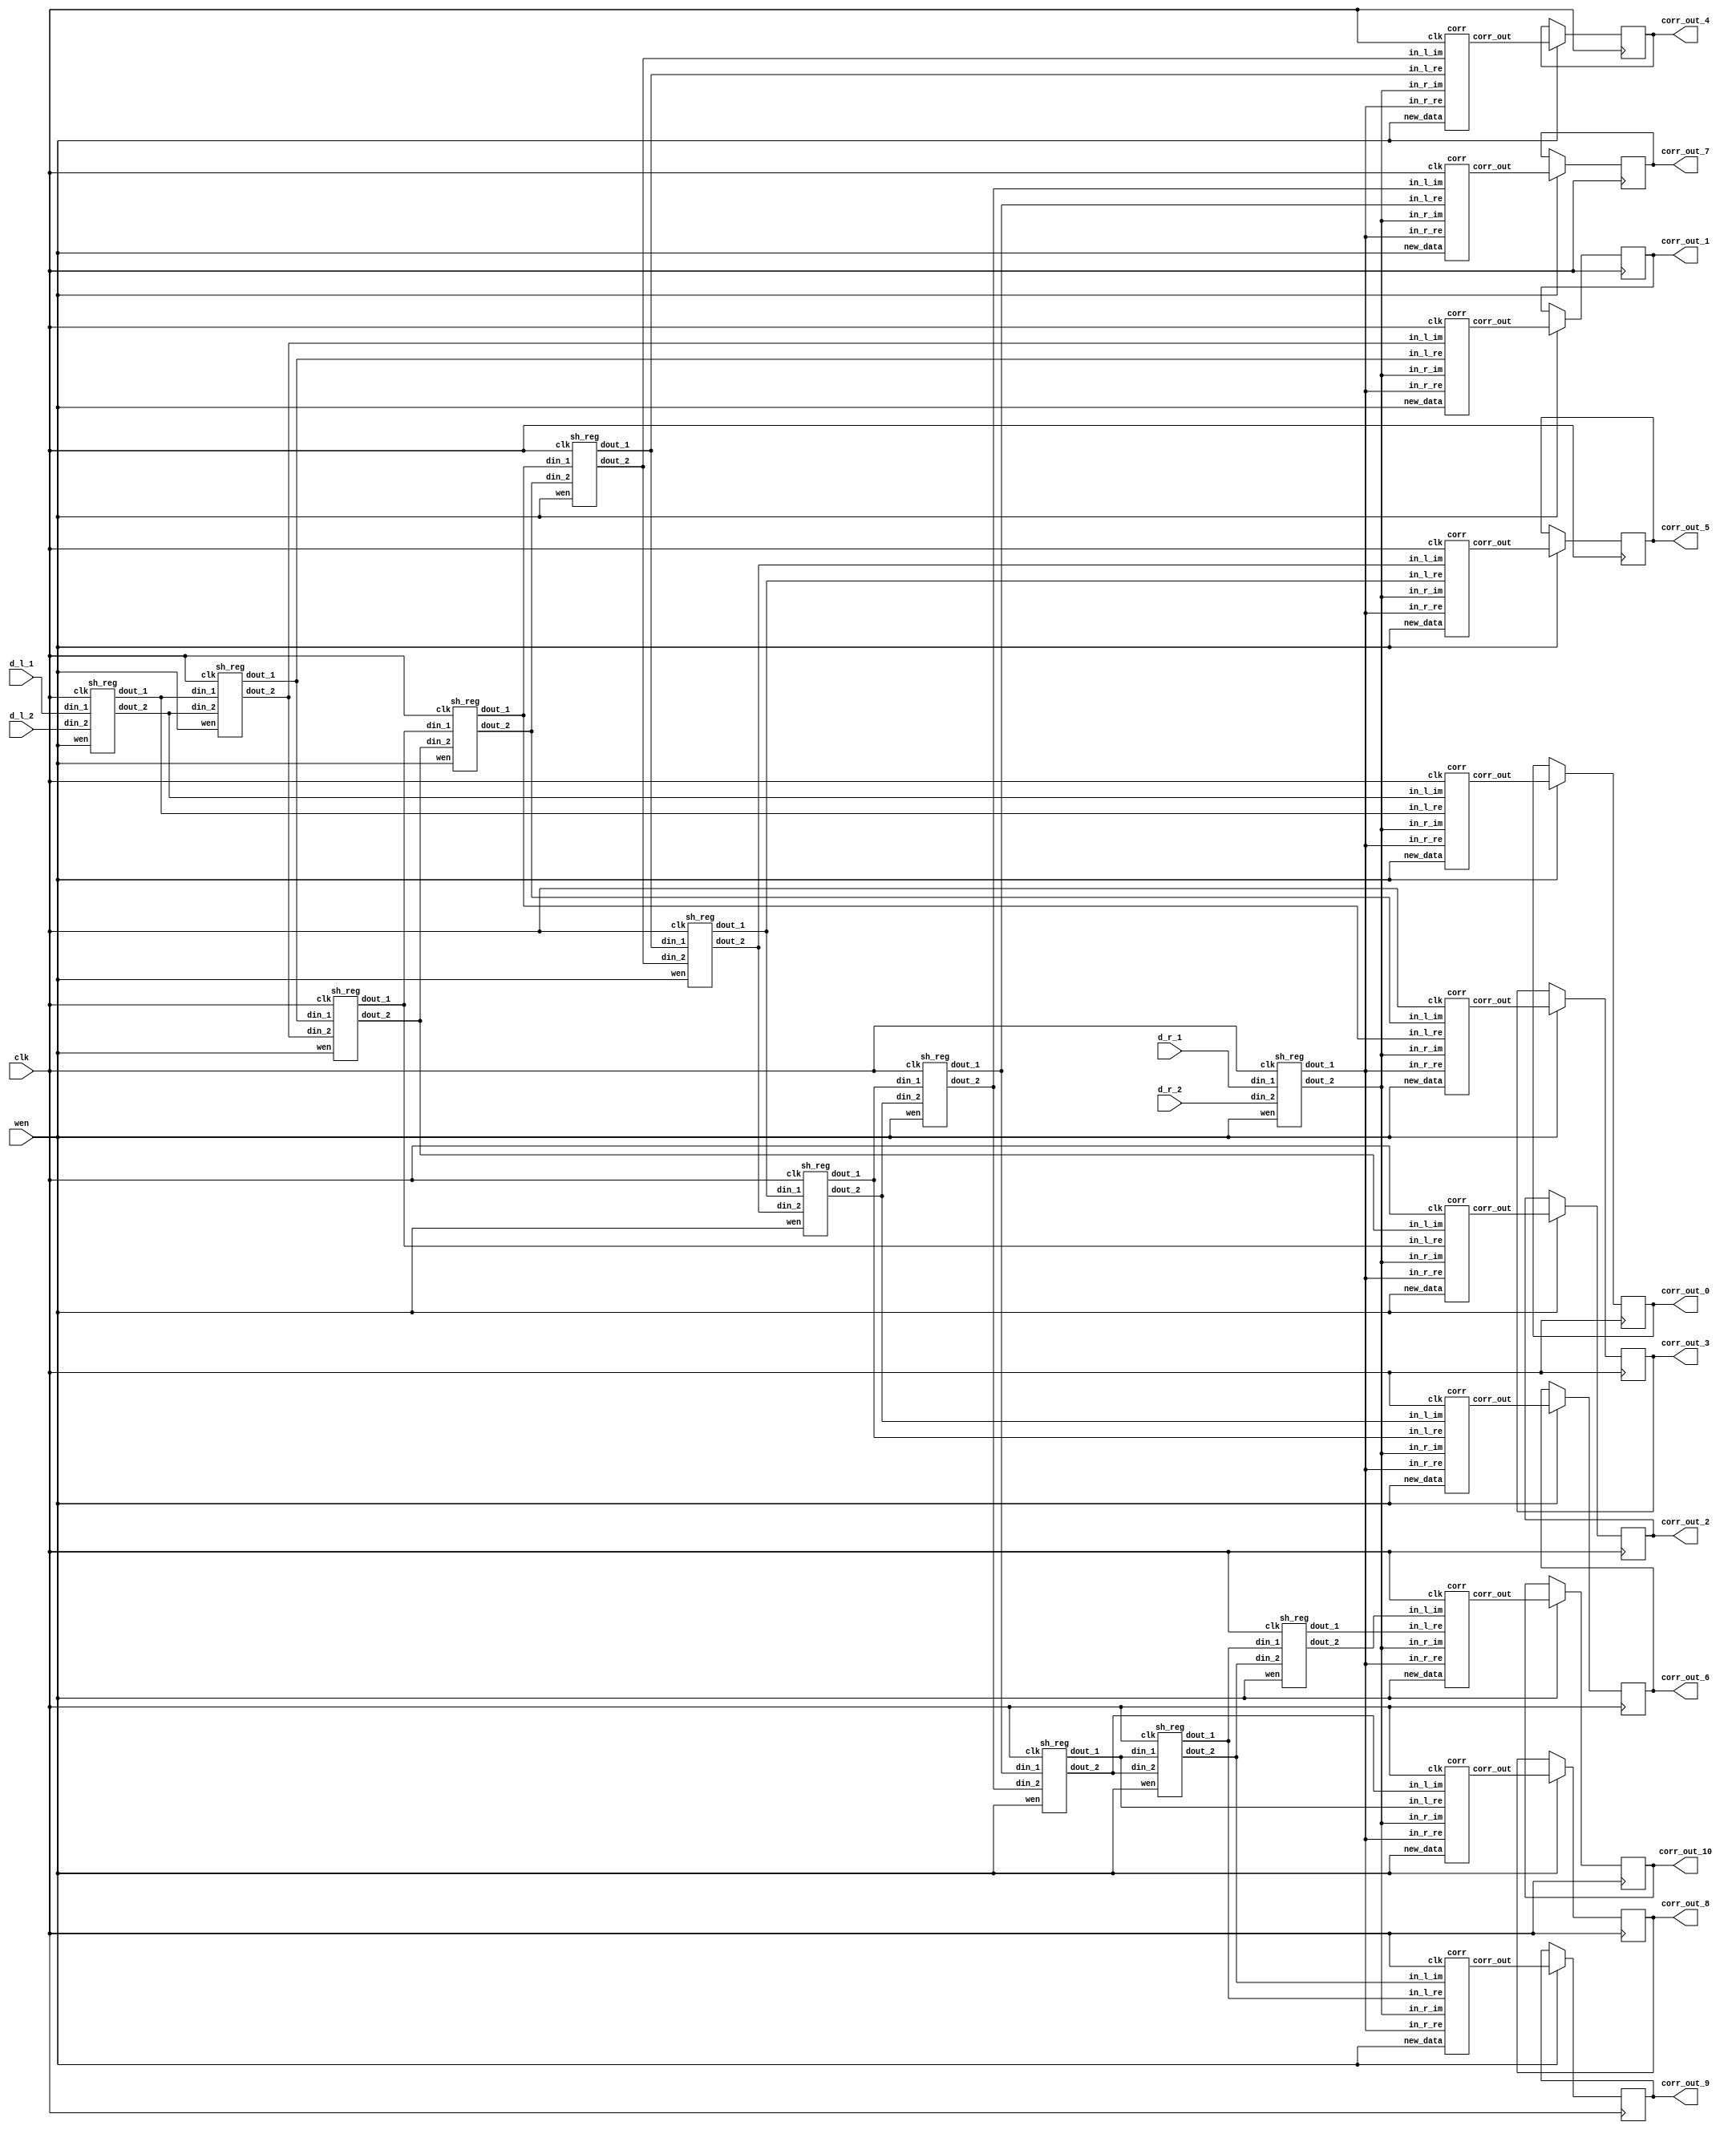

module wrapper_corr_10 (clk, wen, d_l_1, d_l_2, d_r_1, d_r_2, corr_out_0, corr_out_1, corr_out_2, corr_out_3, corr_out_4, corr_out_5, corr_out_6, corr_out_7, corr_out_8, corr_out_9, corr_out_10);

   parameter sh_reg_w  = 4'b1000;
   input clk; 
   input wen; 
   input[7:0] d_l_1; 
   input[7:0] d_l_2; 
   input[7:0] d_r_1; 
   input[7:0] d_r_2; 
   output[2 * sh_reg_w - 1:0] corr_out_0; 
   reg[2 * sh_reg_w - 1:0] corr_out_0;
   output[2 * sh_reg_w - 1:0] corr_out_1; 
   reg[2 * sh_reg_w - 1:0] corr_out_1;
   output[2 * sh_reg_w - 1:0] corr_out_2; 
   reg[2 * sh_reg_w - 1:0] corr_out_2;
   output[2 * sh_reg_w - 1:0] corr_out_3; 
   reg[2 * sh_reg_w - 1:0] corr_out_3;
   output[2 * sh_reg_w - 1:0] corr_out_4; 
   reg[2 * sh_reg_w - 1:0] corr_out_4;
   output[2 * sh_reg_w - 1:0] corr_out_5; 
   reg[2 * sh_reg_w - 1:0] corr_out_5;
   output[2 * sh_reg_w - 1:0] corr_out_6; 
   reg[2 * sh_reg_w - 1:0] corr_out_6;
   output[2 * sh_reg_w - 1:0] corr_out_7; 
   reg[2 * sh_reg_w - 1:0] corr_out_7;
   output[2 * sh_reg_w - 1:0] corr_out_8; 
   reg[2 * sh_reg_w - 1:0] corr_out_8;
   output[2 * sh_reg_w - 1:0] corr_out_9; 
   reg[2 * sh_reg_w - 1:0] corr_out_9;
   output[2 * sh_reg_w - 1:0] corr_out_10; 
   reg[2 * sh_reg_w - 1:0] corr_out_10;

   wire[sh_reg_w - 1:0] out_r1; 
   wire[sh_reg_w - 1:0] out_01; 
   wire[sh_reg_w - 1:0] out_11; 
   wire[sh_reg_w - 1:0] out_21; 
   wire[sh_reg_w - 1:0] out_31; 
   wire[sh_reg_w - 1:0] out_41; 
   wire[sh_reg_w - 1:0] out_51; 
   wire[sh_reg_w - 1:0] out_61; 
   wire[sh_reg_w - 1:0] out_71; 
   wire[sh_reg_w - 1:0] out_81; 
   wire[sh_reg_w - 1:0] out_91; 
   wire[sh_reg_w - 1:0] out_101; 
   wire[sh_reg_w - 1:0] out_r2; 
   wire[sh_reg_w - 1:0] out_02; 
   wire[sh_reg_w - 1:0] out_12; 
   wire[sh_reg_w - 1:0] out_22; 
   wire[sh_reg_w - 1:0] out_32; 
   wire[sh_reg_w - 1:0] out_42; 
   wire[sh_reg_w - 1:0] out_52; 
   wire[sh_reg_w - 1:0] out_62; 
   wire[sh_reg_w - 1:0] out_72; 
   wire[sh_reg_w - 1:0] out_82; 
   wire[sh_reg_w - 1:0] out_92; 

   wire[sh_reg_w - 1:0] out_102; 
   wire[2 * sh_reg_w - 1:0] corr_out_0_tmp; 
   wire[2 * sh_reg_w - 1:0] corr_out_1_tmp; 
   wire[2 * sh_reg_w - 1:0] corr_out_2_tmp; 
   wire[2 * sh_reg_w - 1:0] corr_out_3_tmp; 
   wire[2 * sh_reg_w - 1:0] corr_out_4_tmp; 
   wire[2 * sh_reg_w - 1:0] corr_out_5_tmp; 
   wire[2 * sh_reg_w - 1:0] corr_out_6_tmp; 
   wire[2 * sh_reg_w - 1:0] corr_out_7_tmp; 
   wire[2 * sh_reg_w - 1:0] corr_out_8_tmp; 
   wire[2 * sh_reg_w - 1:0] corr_out_9_tmp; 
   wire[2 * sh_reg_w - 1:0] corr_out_10_tmp; 

   sh_reg  inst_sh_reg_r_1(clk, wen, d_r_1, d_r_2, out_r1, out_r2); 

   sh_reg  inst_sh_reg_0(clk, wen, d_l_1, d_l_2, out_01, out_02); 

   sh_reg  inst_sh_reg_1(clk, wen, out_01, out_02, out_11, out_12); 

   sh_reg  inst_sh_reg_2(clk, wen, out_11, out_12, out_21, out_22); 

   sh_reg  inst_sh_reg_3(clk, wen, out_21, out_22, out_31, out_32); 

   sh_reg  inst_sh_reg_4(clk, wen, out_31, out_32, out_41, out_42); 

   sh_reg  inst_sh_reg_5(clk, wen, out_41, out_42, out_51, out_52); 

   sh_reg  inst_sh_reg_6(clk, wen, out_51, out_52, out_61, out_62); 

   sh_reg  inst_sh_reg_7(clk, wen, out_61, out_62, out_71, out_72); 

   sh_reg  inst_sh_reg_8(clk, wen, out_71, out_72, out_81, out_82); 

   sh_reg  inst_sh_reg_9(clk, wen, out_81, out_82, out_91, out_92); 

   sh_reg  inst_sh_reg_10(clk, wen, out_91, out_92, out_101, out_102); 

   corr  inst_corr_0(clk, wen, out_01, out_02, out_r1, out_r2, corr_out_0_tmp); 

   corr  inst_corr_1(clk, wen, out_11, out_12, out_r1, out_r2, corr_out_1_tmp); 

   corr  inst_corr_2(clk, wen, out_21, out_22, out_r1, out_r2, corr_out_2_tmp); 

   corr  inst_corr_3(clk, wen, out_31, out_32, out_r1, out_r2, corr_out_3_tmp); 

   corr  inst_corr_4(clk, wen, out_41, out_42, out_r1, out_r2, corr_out_4_tmp); 

   corr  inst_corr_5(clk, wen, out_51, out_52, out_r1, out_r2, corr_out_5_tmp); 

   corr  inst_corr_6(clk, wen, out_61, out_62, out_r1, out_r2, corr_out_6_tmp); 

   corr  inst_corr_7(clk, wen, out_71, out_72, out_r1, out_r2, corr_out_7_tmp); 

   corr  inst_corr_8(clk, wen, out_81, out_82, out_r1, out_r2, corr_out_8_tmp); 

   corr  inst_corr_9(clk, wen, out_91, out_92, out_r1, out_r2, corr_out_9_tmp); 

   corr  inst_corr_10(clk, wen, out_101, out_102, out_r1, out_r2, corr_out_10_tmp); 

   always @(posedge clk)
   begin
         if (wen == 1'b1)
         begin
            corr_out_0 <= corr_out_0_tmp ; 
            corr_out_1 <= corr_out_1_tmp ; 
            corr_out_2 <= corr_out_2_tmp ; 
            corr_out_3 <= corr_out_3_tmp ; 
            corr_out_4 <= corr_out_4_tmp ; 
            corr_out_5 <= corr_out_5_tmp ; 
            corr_out_6 <= corr_out_6_tmp ; 
            corr_out_7 <= corr_out_7_tmp ; 
            corr_out_8 <= corr_out_8_tmp ; 
            corr_out_9 <= corr_out_9_tmp ; 
            corr_out_10 <= corr_out_10_tmp ; 
         end 
         else
         begin
            corr_out_0 <= corr_out_0; 
            corr_out_1 <= corr_out_1; 
            corr_out_2 <= corr_out_2; 
            corr_out_3 <= corr_out_3; 
            corr_out_4 <= corr_out_4; 
            corr_out_5 <= corr_out_5; 
            corr_out_6 <= corr_out_6; 
            corr_out_7 <= corr_out_7; 
            corr_out_8 <= corr_out_8; 
            corr_out_9 <= corr_out_9; 
            corr_out_10 <= corr_out_10; 
         end 

   end 
endmodule
module corr (clk, new_data, in_l_re, in_l_im, in_r_re, in_r_im, corr_out);

    parameter sh_reg_w  = 4'b1000;
    input clk; 
    input new_data; 
    input[sh_reg_w - 1:0] in_l_re; 
    input[sh_reg_w - 1:0] in_l_im; 
    input[sh_reg_w - 1:0] in_r_re; 
    input[sh_reg_w - 1:0] in_r_im; 
    output[2 * sh_reg_w - 1:0] corr_out; 
    reg[2 * sh_reg_w - 1:0] corr_out;
    wire[sh_reg_w - 1:0] in_l_re_reg; 
    wire[sh_reg_w - 1:0] in_l_im_reg; 
    wire[sh_reg_w - 1:0] in_r_re_reg; 
    wire[sh_reg_w - 1:0] in_r_im_reg; 
    reg[2 * sh_reg_w - 1:0] lrexrre_reg; 
    reg[2 * sh_reg_w - 1:0] limxrim_reg; 
    reg[2 * sh_reg_w - 1:0] corr_out_tmp; 

    always @(posedge clk)
    begin
			// PAJ - edf xilinx files converted to multiply 
			lrexrre_reg <= in_l_re * in_r_re;
			limxrim_reg <= in_l_im * in_r_im;

          if (new_data == 1'b1)
          begin
             corr_out <= corr_out_tmp ; 
          end 
          else
          begin
             corr_out <= corr_out; 
          end 
          corr_out_tmp <= lrexrre_reg + limxrim_reg ; 
    end 
 endmodule

module sh_reg (clk, wen, din_1, din_2, dout_1, dout_2);

   parameter sh_reg_w  = 4'b1000;
   input clk; 
   input wen; 
   input[sh_reg_w - 1:0] din_1; 
   input[sh_reg_w - 1:0] din_2; 
   output[sh_reg_w - 1:0] dout_1; 
   reg[sh_reg_w - 1:0] dout_1;
   output[sh_reg_w - 1:0] dout_2; 
   reg[sh_reg_w - 1:0] dout_2;

   always @(posedge clk)
   begin
         if (wen == 1'b1)
         begin
            dout_1 <= din_1 ; 
            dout_2 <= din_2 ; 
         end 
		else
		begin
            dout_1 <= dout_1 ; 
            dout_2 <= dout_2 ; 
		end
   end 
endmodule